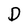
Character: D